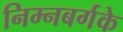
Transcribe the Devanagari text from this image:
निम्नबर्गके